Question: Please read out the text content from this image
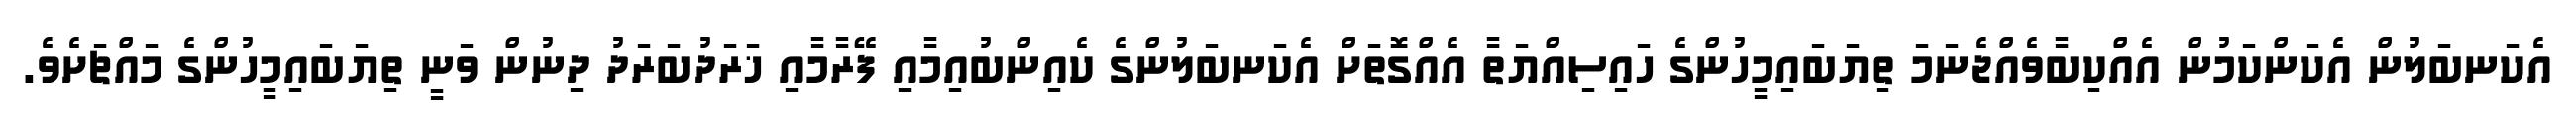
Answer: އެކަނބަލުން އެކަންކަމުން އެއްކިބާވެއްޖެނަމަ ތިޔަބައިމީހުންގެ ހައިސިއްޔަތާ އެއްގޮތަށް އެކަނބަލުންގެ ކެއިންބުއިމާއި ފޭރާމާއި ޚަރަދުބަރަދު ދިނުން ވަނީ ތިޔަބައިމީހުންގެ މައްޗަށެވެ.